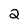
Character: 2